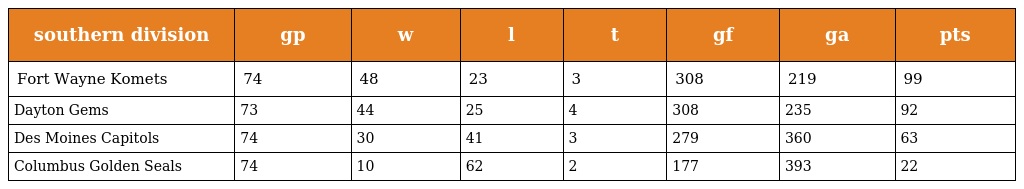
| southern division | gp | w | l | t | gf | ga | pts |
 | --- | --- | --- | --- | --- | --- | --- | --- |
 | Fort Wayne Komets | 74 | 48 | 23 | 3 | 308 | 219 | 99 |
 | Dayton Gems | 73 | 44 | 25 | 4 | 308 | 235 | 92 |
 | Des Moines Capitols | 74 | 30 | 41 | 3 | 279 | 360 | 63 |
 | Columbus Golden Seals | 74 | 10 | 62 | 2 | 177 | 393 | 22 |